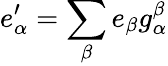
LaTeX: e_{\alpha}^{\prime}=\sum_{\beta}e_{\beta}g_{\alpha}^{\beta}